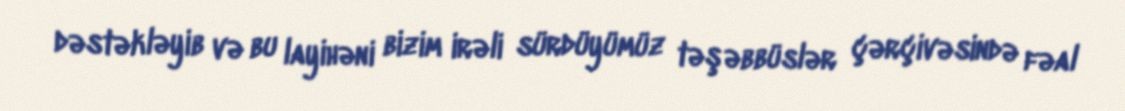
dəstəkləyib və bu layihəni bizim irəli sürdüyümüz təşəbbüslər çərçivəsində fəal